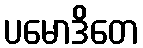
ပမောဒိတေ